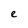
Character: e